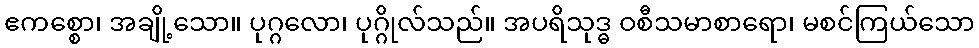
ဧကစ္စော၊ အချို့သော။ ပုဂ္ဂလော၊ ပုဂ္ဂိုလ်သည်။ အပရိသုဒ္ဓ ဝစီသမာစာရော၊ မစင်ကြယ်သော